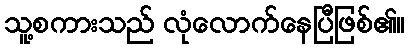
သူ့စကားသည် လုံလောက်နေပြီဖြစ်၏။